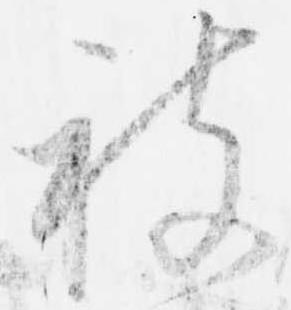
被